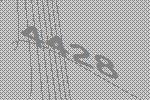
4428